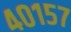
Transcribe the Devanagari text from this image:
४०१५७